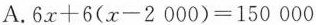
A.$$6x+6(x-2000)=150000$$